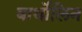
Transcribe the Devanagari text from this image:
बार्थोलिन